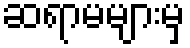
ဆရာမများမှ